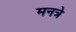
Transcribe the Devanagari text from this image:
मनत्रे